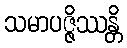
သမာပဇ္ဇိဿန္တိ